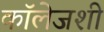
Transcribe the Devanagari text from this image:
कॉलेजशी